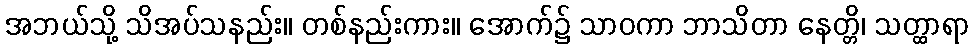
အဘယ်သို့ သိအပ်သနည်း။ တစ်နည်းကား။ အောက်၌ သာဝကာ ဘာသိတာ နေတ္တိ၊ သတ္ထာရာ